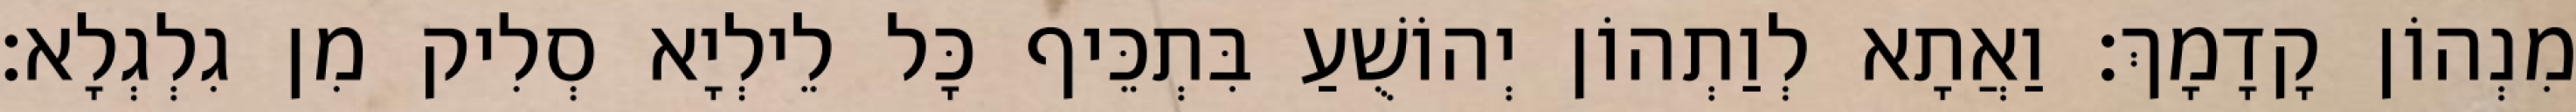
מִנְהוֹן קָדָמָךְ׃ וַאֲתָא לְוַתְהוֹן יְהוֹשֻׁעַ בִּתְכֵּיף כָּל לֵילְיָא סְלִיק מִן גִלְגְלָא׃